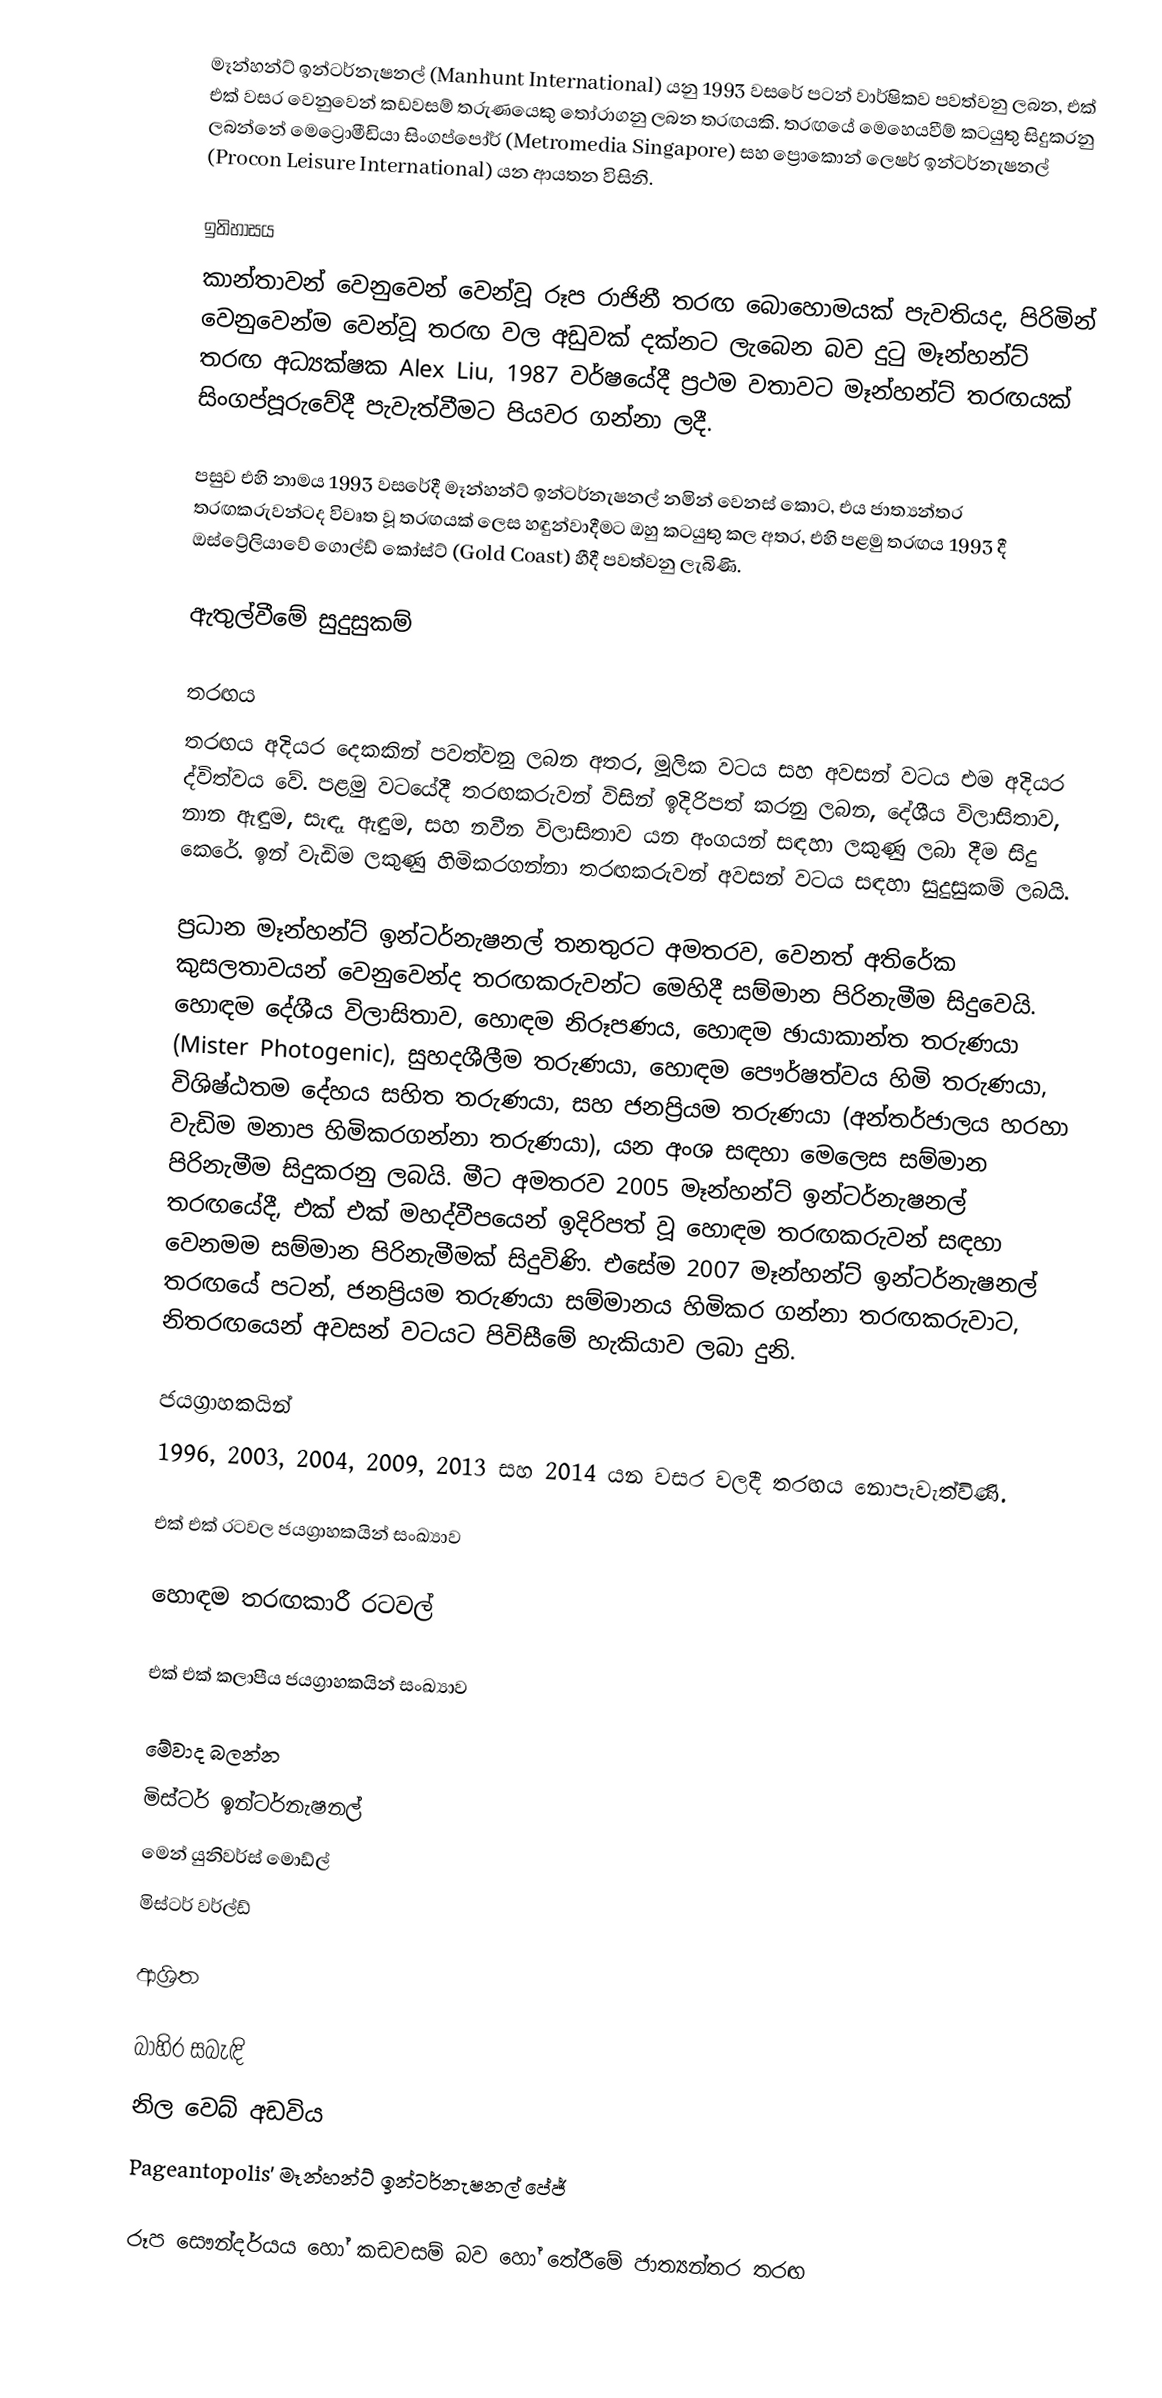
මෑන්හන්ට් ඉන්ටර්නැෂනල් (Manhunt International) යනු 1993 වසරේ පටන් වාර්ෂිකව පවත්වනු ලබන, එක් එක් වසර වෙනුවෙන් කඩවසම් තරුණයෙකු තෝරාගනු ලබන තරඟයකි. තරඟයේ මෙහෙයවීම් කටයුතු සිදුකරනු ලබන්නේ මෙට්‍රොමීඩියා සිංගප්පෝර් (Metromedia Singapore) සහ ප්‍රොකොන් ලෙෂර් ඉන්ටර්නැෂනල් (Procon Leisure International) යන ආයතන විසිනි.

ඉතිහාසය
කාන්තාවන් වෙනුවෙන් වෙන්වූ රූප රාජිනී තරඟ බොහොමයක් පැවතියද, පිරිමින් වෙනුවෙන්ම වෙන්වූ තරඟ වල අඩුවක් දක්නට ලැබෙන බව දුටු  මෑන්හන්ට් තරඟ අධ්‍යක්ෂක Alex Liu, 1987 වර්ෂයේදී ප්‍රථම වතාවට මෑන්හන්ට් තරඟයක් සිංගප්පූරුවේදී පැවැත්වීමට පියවර ගන්නා ලදී.

පසුව එහි නාමය 1993 වසරේදී මෑන්හන්ට් ඉන්ටර්නැෂනල් නමින් වෙනස් කොට, එය ජාත්‍යන්තර තරඟකරුවන්ටද විවෘත වූ තරඟයක් ලෙස හඳුන්වාදීමට ඔහු කටයුතු කල අතර, එහි පළමු තරඟය 1993 දී ඔස්ට්‍රේලියාවේ ගොල්ඩ් කෝස්ට් (Gold Coast) හීදී පවත්වනු ලැබිණි.

ඇතුල්වීමේ සුදුසුකම්

තරඟය
තරඟය අදියර දෙකකින් පවත්වනු ලබන අතර, මූලික වටය සහ අවසන් වටය එම අදියර ද්විත්වය වේ. පළමු වටයේදී තරඟකරුවන් විසින් ඉදිරිපත් කරනු ලබන, දේශීය විලාසිතාව, නාන ඇඳුම, සැඳෑ ඇඳුම, සහ නවීන විලාසිතාව යන අංගයන් සඳහා ලකුණු ලබා දීම සිදු කෙරේ. ඉන් වැඩිම ලකුණු හිමිකරගන්නා තරඟකරුවන් අවසන් වටය සඳහා සුදුසුකම් ලබයි.

ප්‍රධාන මෑන්හන්ට් ඉන්ටර්නැෂනල් තනතුරට අමතරව, වෙනත් අතිරේක කුසලතාවයන් වෙනුවෙන්ද තරඟකරුවන්ට මෙහිදී සම්මාන පිරිනැමීම සිදුවෙයි. හොඳම දේශීය විලාසිතාව, හොඳම නිරූපණය, හොඳම ඡායාකාන්ත තරුණයා (Mister Photogenic), සුහදශීලීම තරුණයා, හොඳම පෞර්ෂත්වය හිමි තරුණයා, විශිෂ්ඨතම දේහය සහිත තරුණයා, සහ ජනප්‍රියම තරුණයා (අන්තර්ජාලය හරහා වැඩිම මනාප හිමිකරගන්නා තරුණයා), යන අංශ සඳහා මෙලෙස සම්මාන පිරිනැමීම සිදුකරනු ලබයි. මීට අමතරව 2005 මෑන්හන්ට් ඉන්ටර්නැෂනල් තරඟයේදී, එක් එක් මහද්වීපයෙන් ඉදිරිපත් වූ හොඳම තරඟකරුවන් සඳහා වෙනමම සම්මාන පිරිනැමීමක් සිදුවිණි. එසේම 2007 මෑන්හන්ට් ඉන්ටර්නැෂනල් තරඟයේ පටන්, ජනප්‍රියම තරුණයා සම්මානය හිමිකර ගන්නා තරඟකරුවාට, නිතරඟයෙන් අවසන් වටයට පිවිසීමේ හැකියාව ලබා දුනි.

ජයග්‍රාහකයින්
1996, 2003, 2004, 2009, 2013 සහ 2014 යන වසර වලදී තරඟය නොපැවැත්විණි.

එක් එක් රටවල ජයග්‍රාහකයින් සංඛ්‍යාව

හොඳම තරඟකාරී රටවල්

එක් එක් කලාපීය ජයග්‍රාහකයින් සංඛ්‍යාව

මේවාද බලන්න
 මිස්ටර් ඉන්ටර්නැෂනල්
 මෙන් යුනිවර්ස් මොඩ්ල්
 මිස්ටර් වර්ල්ඩ්

ආශ්‍රිත

බාහිර සබැඳි
 නිල වෙබ් අඩවිය
 Pageantopolis' මෑන්හන්ට් ඉන්ටර්නැෂනල් පේජ්

රූප සෞන්දර්යය හෝ කඩවසම් බව හෝ තේරීමේ ජාත්‍යන්තර තරඟ